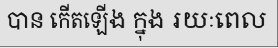
បាន កើតឡើង ក្នុង រយៈពេល